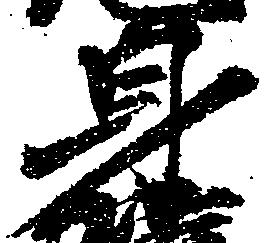
身